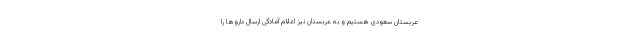
عربستان سعودی هستیم و به عربستان نیز اعلام آمادگی ارسال داروها را